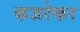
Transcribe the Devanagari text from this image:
कजरेकर